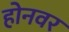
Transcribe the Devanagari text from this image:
होनवर